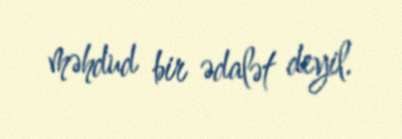
məhdud bir ədalət deyil.